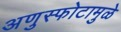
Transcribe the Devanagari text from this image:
अणुस्फोटामुळे